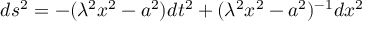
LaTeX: d s ^ { 2 } = - ( \lambda ^ { 2 } x ^ { 2 } - a ^ { 2 } ) d t ^ { 2 } + ( \lambda ^ { 2 } x ^ { 2 } - a ^ { 2 } ) ^ { - 1 } d x ^ { 2 }